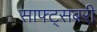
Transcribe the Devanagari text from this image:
साफ्ट्सबरी